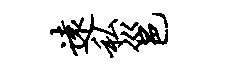
远私邕